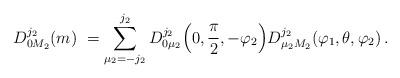
LaTeX: \begin{align*}D^{j_2}_{0M_2}(m)\ =\sum^{j_2}_{\mu_2=-j_2} D^{j_2}_{0\mu_2}\Big(0,\frac\pi2,-\varphi_2\Big) D^{j_2}_{\mu_2M_2}(\varphi_1,\theta,\varphi_2)\,. \end{align*}